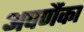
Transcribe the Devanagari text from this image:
अपर्णैका